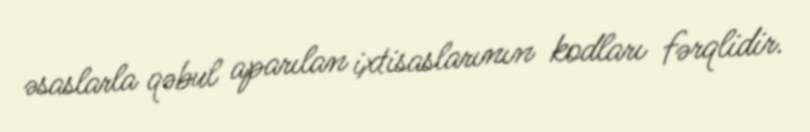
əsaslarla qəbul aparılan ixtisaslarının kodları fərqlidir.